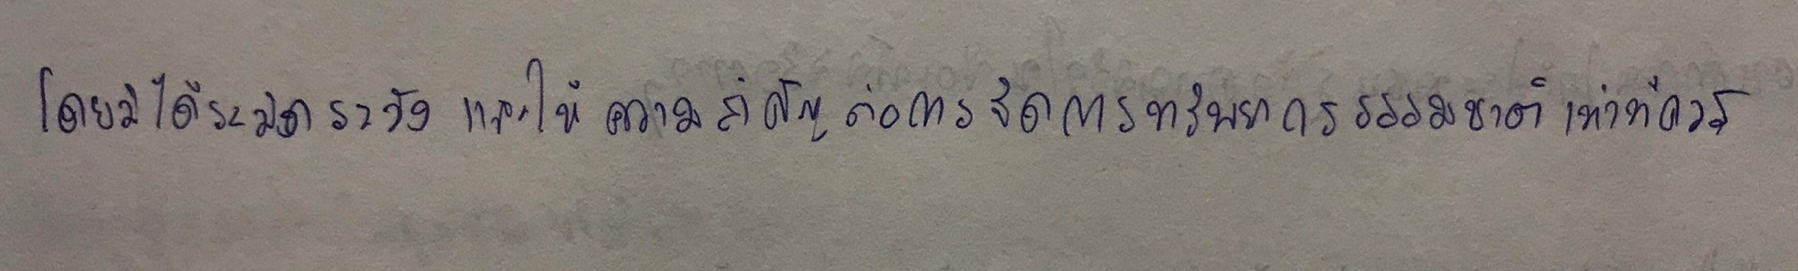
โดยมิได้ระมัดระวังและให้ความสำคัญต่อการจัดการทรัพยากรธรรมชาติเท่าที่ควร